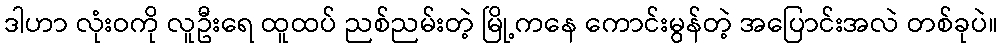
ဒါဟာ လုံးဝကို လူဦးရေ ထူထပ် ညစ်ညမ်းတဲ့ မြို့ကနေ ကောင်းမွန်တဲ့ အပြောင်းအလဲ တစ်ခုပဲ။